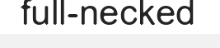
full-necked